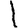
Digit: 1